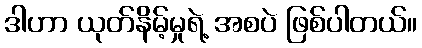
ဒါဟာ ယုတ်နိမ့်မှုရဲ့ အစပဲ ဖြစ်ပါတယ်။